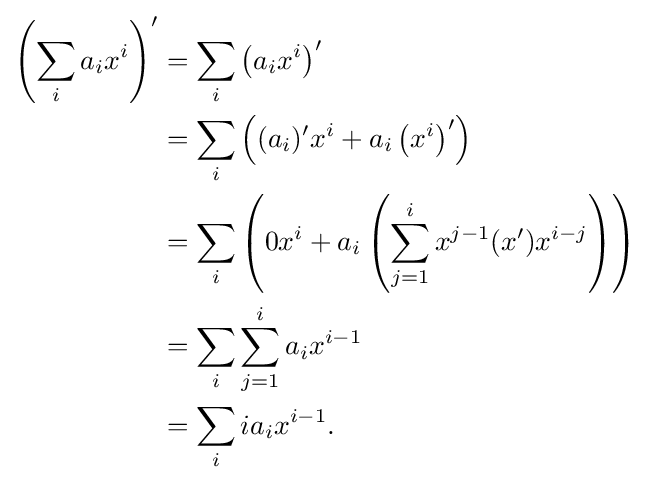
{\begin{aligned}\left(\sum _{i}a_{i}x^{i}\right)'&=\sum _{i}\left(a_{i}x^{i}\right)'\\&=\sum _{i}\left((a_{i})'x^{i}+a_{i}\left(x^{i}\right)'\right)\\&=\sum _{i}\left(0x^{i}+a_{i}\left(\sum _{j=1}^{i}x^{j-1}(x')x^{i-j}\right)\right)\\&=\sum _{i}\sum _{j=1}^{i}a_{i}x^{i-1}\\&=\sum _{i}ia_{i}x^{i-1}.\end{aligned}}